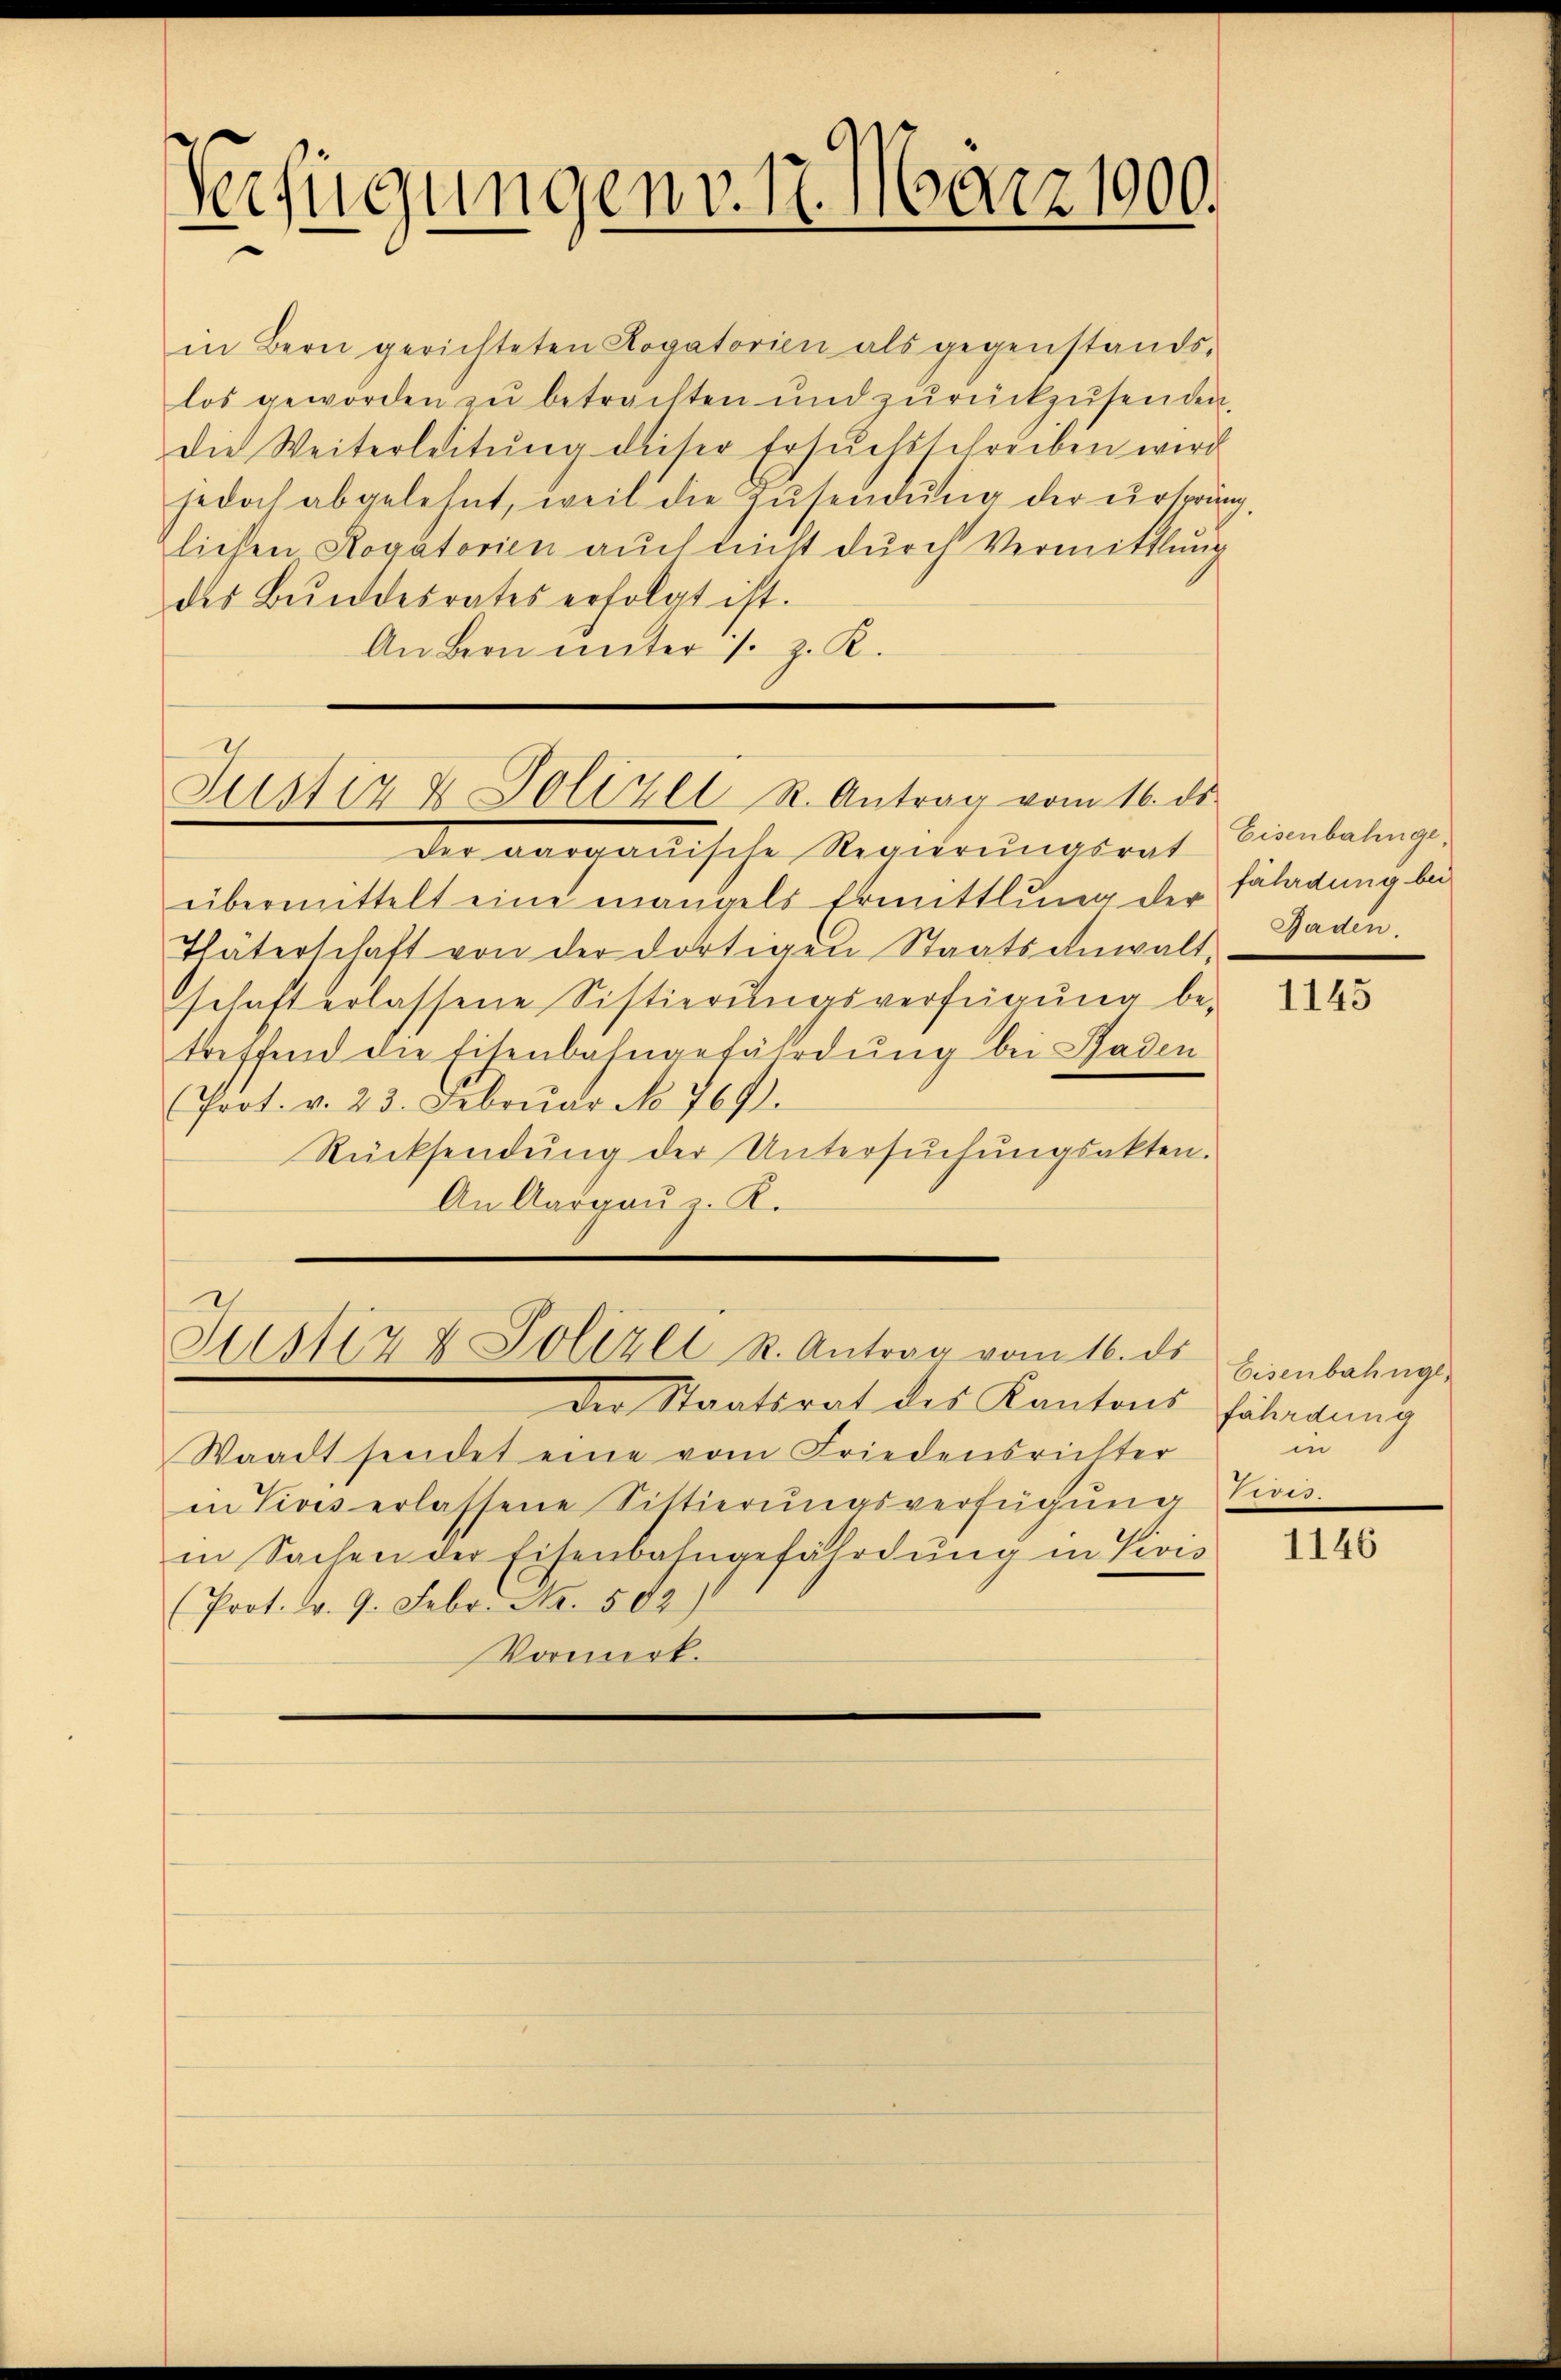
Verfügungen v. 17. März 1900.

in Bern gerichteten Rogatorien als gegenstands-
los geworden zu betrachten und zurückzŭsenden.
die Weiterleitŭng dieser Ersuchsschreiben wird
jedoch abgelehnt, weil die Zŭsendung der urspring,
lichen Rogatorien auch nicht dŭrch Vermittlung
des Bŭndesrates erfolgt ist.
An Bern unter s. z. R.

Justiz & Polizei R. Antrag vom 16. ds.

der aargauische Regierungsrat
übermittelt eine mangels Ermittlung der
Thäterschaft von der dortigen Staatsanwalt,
schaft erlassene Sistierŭngsverfügŭng be-
treffend die Eisenbahngefährdung bei Baden
(Prot. v. 23. Febrŭar No. 769.
Rücksendŭng der Untersŭchŭngsakten.
An Aargauz. K.

Justiz & Polizei u. Antrag vom 16. ds.

Der Staatsrat des Kantons Fahndung
Waadt sendet eine vom Friedensrichter
in Vices erlassene Sistierŭngsverfügŭng Vivis.
in Sachen der Eisenbahngefährdung in Vivis
(Prot. v. 9. Febr. No. 502)
Vormerk.

Eisenbahnge,
fährdung bei
Baden

1145

Eisenbahngein

1146